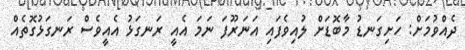
ދެއްވުމަށް: ހަށިގަނޑު މާބޮޑަށް ލުއިވެފައި އަނަރޫފަ ނަމަ އެއީ ރަނގަޅު އެއީވެސް ރަނގަޅުގޮތެއް